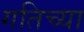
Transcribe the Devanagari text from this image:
गतिच्या